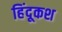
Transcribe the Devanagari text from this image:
हिंदूकश